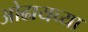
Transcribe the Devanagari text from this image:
ओढायच्या